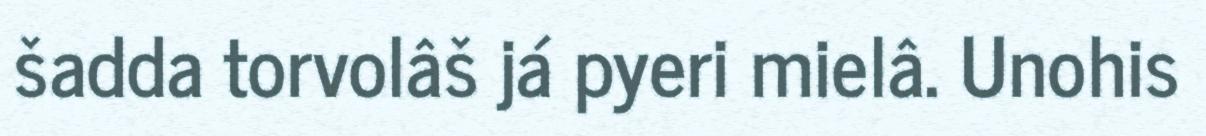
šadda torvolâš já pyeri mielâ. Unohis